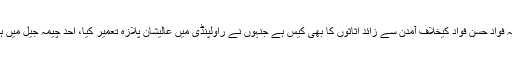
نیب کے وکیل نے فواد حسن فواد سے متعلق بتاتے ہوئے کہا کہ فواد حسن فواد کیخلاف آمدن سے زائد اثاثوں کا بھی کیس ہے جنہوں نے راولپنڈی میں عالیشان پلازہ تعمیر کیا، احد چیمہ جیل میں ہو تو شہباز شریف اور فواد حسن فواد باہر کیسے رہ سکتے ہیں؟